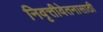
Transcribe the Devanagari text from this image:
निवृत्तीवेतनासाठी